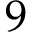
9